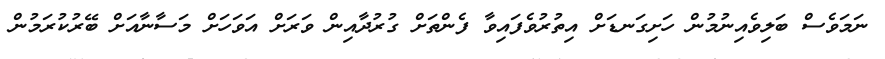
ނަމަވެސް ބަލިވެއިނުމުން ހަށިގަނޑަށް އިތުރުވެފައިވާ ފެންތަށް ގުރުދާއިން ވަރަށް އަވަހަށް މަސާނާއަށް ބޭރުކުރަމުން